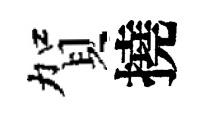
賀撓